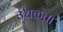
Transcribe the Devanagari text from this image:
उधळता